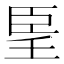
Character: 𦣠